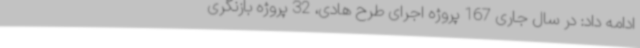
ادامه داد: در سال جاری 167 پروژه اجرای طرح هادی، 32 پروژه بازنگری